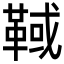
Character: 𩋉